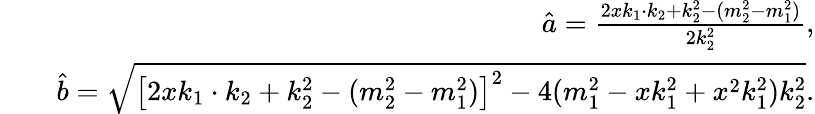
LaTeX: \begin{array}{rlr}&{}&{\hat{a}=\frac{2xk_{1}\cdot k_{2}+k_{2}^{2}-(m_{2}^{2}-m_{1}^{2})}{2k_{2}^{2}},}\\ &{}&{\hat{b}=\sqrt{\left[2xk_{1}\cdot k_{2}+k_{2}^{2}-(m_{2}^{2}-m_{1}^{2})\right]^{2}-4(m_{1}^{2}-xk_{1}^{2}+x^{2}k_{1}^{2})k_{2}^{2}}.}\end{array}